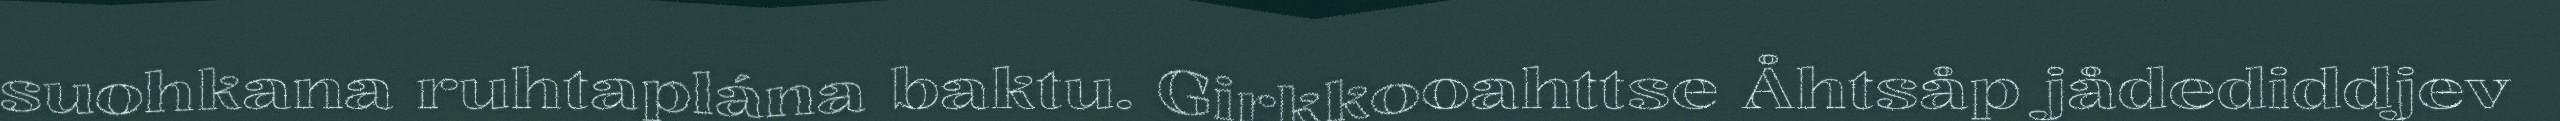
suohkana ruhtaplána baktu. Girkkooahttse Åhtsåp jådediddjev